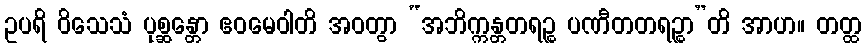
ဥပရိ ဝိသေသံ ပုစ္ဆန္တော ဧဝမေဝါတိ အဝတွာ “အဘိက္ကန္တတရဉ္စ ပဏီတတရဉ္စာ”တိ အာဟ။ တတ္ထ